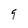
Character: 9